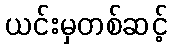
ယင်းမှတစ်ဆင့်